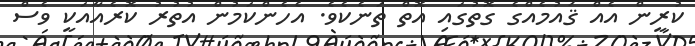
ކުރީން އެއް ޤައުމެއްގެ ގޮތުގައި އޮތް ތަނެކެވެ. އެހެންކަމުން އުތުރު ކޮރެއާއަކީ ވެސް